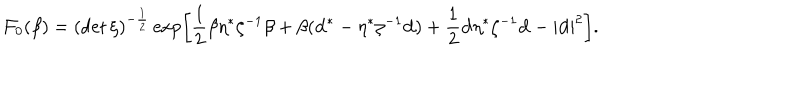
{ \cal F } _ { 0 } ( \beta ) = ( \det \zeta ) ^ { - \frac 1 2 } \exp \left[ \frac 1 2 \beta \eta ^ { * } \zeta ^ { - 1 } \beta + \beta ( { \bf d } ^ { * } - \eta ^ { * } \zeta ^ { - 1 } { \bf d } ) + \frac 1 2 { \bf d } \eta ^ { * } \zeta ^ { - 1 } { \bf d } - | { \bf d } | ^ { 2 } \right] .